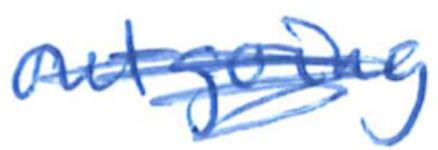
Text: outgoing
Cross-out: scratch
Writing tool: ballpoint